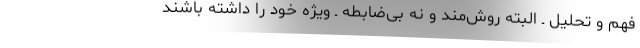
فهم و تحلیل ـ البته روش‌مند و نه بی‌ضابطه ـ ویژه خود را داشته باشند